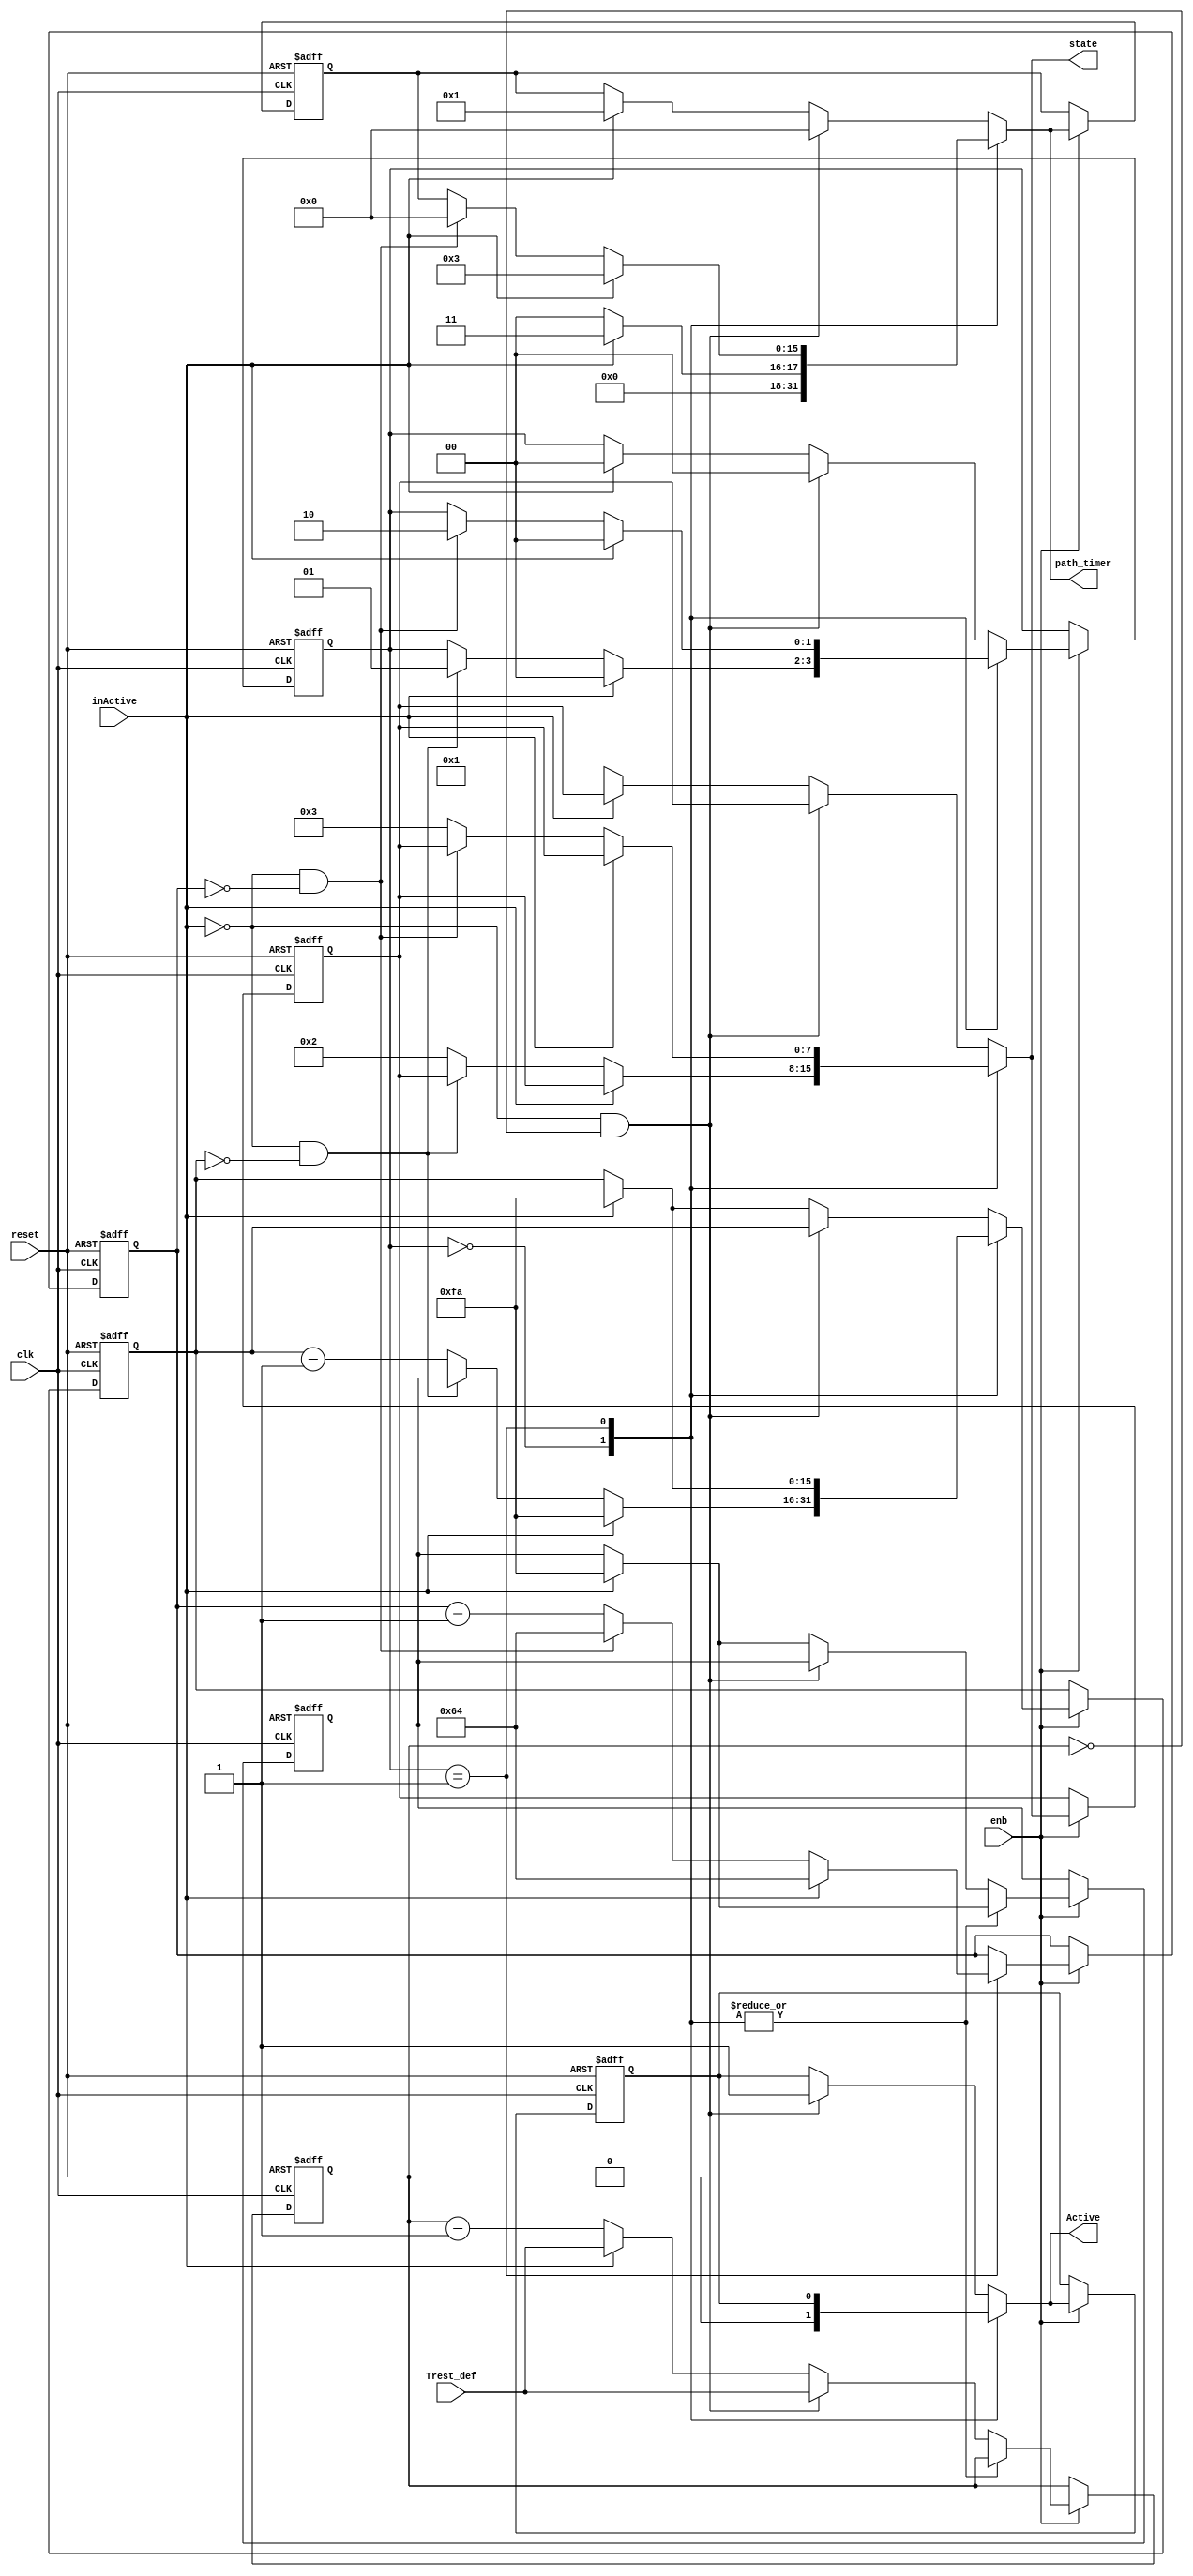
// -------------------------------------------------------------
// 
// 
// Generated by MATLAB 9.5 and HDL Coder 3.13
// 
// -------------------------------------------------------------


// -------------------------------------------------------------
// 
// Module: node_aut_block1
// Source Path: case2mod_new/NA3_RV/node_aut
// Hierarchy Level: 2
// 
// -------------------------------------------------------------

`timescale 1 ns / 1 ns

module node_aut_block1
          (clk,
           reset,
           enb,
           inActive,
           Trest_def,
           Active,
           state,
           path_timer);

  parameter [15:0] TRRP_def = 100;  // uint16
  parameter [15:0] TERP_defs = 250;  // uint16
  parameter [15:0] TERP_s = 250;  // uint16
  parameter [15:0] TRRP_s = 100;  // uint16
  parameter [15:0] Trest_s = 9999;  // uint16
  parameter [15:0] Terp_min = 250;  // uint16
  parameter [15:0] Terp_max = 250;  // uint16
  // Default encoded enumeration values for type is_NodeAutomaton2
  parameter is_NodeAutomaton2_IN_ERP = 2'd0, is_NodeAutomaton2_IN_RRP = 2'd1, is_NodeAutomaton2_IN_Rest = 2'd2;

  input   clk;
  input   reset;
  input   enb;
  input   inActive;
  input   [15:0] Trest_def;  // uint16
  output  Active;
  output  [7:0] state;  // uint8
  output  [15:0] path_timer;  // uint16


  reg [1:0] is_NodeAutomaton;  // uint8
  reg [15:0] TERP_cur;  // uint16
  reg [15:0] TRRP_cur;  // uint16
  reg [15:0] Trest_cur;  // uint16
  reg [15:0] TERP_def;  // uint16
  reg  Active_reg;
  reg [7:0] state_reg;  // uint8
  reg [15:0] path_timer_reg;  // uint16
  reg [1:0] is_NodeAutomaton_next;  // enum type is_NodeAutomaton2 (3 enums)
  reg [15:0] TERP_cur_next;  // uint16
  reg [15:0] TRRP_cur_next;  // uint16
  reg [15:0] Trest_cur_next;  // uint16
  reg [15:0] TERP_def_next;  // uint16
  reg  Active_reg_next;
  reg [7:0] state_reg_next;  // uint8
  reg [15:0] path_timer_reg_next;  // uint16


  always @(posedge clk or posedge reset)
    begin : SimpleModeling_c4_sppf4LupdbMSnBPpv0jGkfF_node_aut_process
      if (reset == 1'b1) begin
        state_reg <= 8'd0;
        Active_reg <= 1'b0;
        Trest_cur <= Trest_s;
        TERP_def <= TERP_defs;
        TERP_cur <= TERP_s;
        TRRP_cur <= TRRP_s;
        path_timer_reg <= 16'd0;
        is_NodeAutomaton <= is_NodeAutomaton2_IN_Rest;
      end
      else begin
        if (enb) begin
          is_NodeAutomaton <= is_NodeAutomaton_next;
          TERP_cur <= TERP_cur_next;
          TRRP_cur <= TRRP_cur_next;
          Trest_cur <= Trest_cur_next;
          TERP_def <= TERP_def_next;
          Active_reg <= Active_reg_next;
          state_reg <= state_reg_next;
          path_timer_reg <= path_timer_reg_next;
        end
      end
    end

  always @(Active_reg, TERP_cur, TERP_def, TRRP_cur, Trest_cur, Trest_def, inActive,
       is_NodeAutomaton, path_timer_reg, state_reg) begin
    TERP_def_next = TERP_def;
    Active_reg_next = Active_reg;
    state_reg_next = state_reg;
    path_timer_reg_next = path_timer_reg;
    is_NodeAutomaton_next = is_NodeAutomaton;
    TERP_cur_next = TERP_cur;
    TRRP_cur_next = TRRP_cur;
    Trest_cur_next = Trest_cur;
    case ( is_NodeAutomaton)
      is_NodeAutomaton2_IN_ERP :
        begin
          if (inActive) begin
            TERP_cur_next = Terp_min;
            TERP_def_next = Terp_min;
            path_timer_reg_next = 16'd3;
            Active_reg_next = 1'b0;
            is_NodeAutomaton_next = is_NodeAutomaton2_IN_ERP;
          end
          else if ( ! inActive && (TERP_cur == 16'b0000000000000000)) begin
            TERP_cur_next = TERP_def;
            path_timer_reg_next = 16'd0;
            Active_reg_next = 1'b0;
            is_NodeAutomaton_next = is_NodeAutomaton2_IN_RRP;
          end
          else begin
            TERP_cur_next = TERP_cur - 16'd1;
            path_timer_reg_next = 16'd0;
            Active_reg_next = 1'b0;
            state_reg_next = 8'd2;
          end
        end
      is_NodeAutomaton2_IN_RRP :
        begin
          if (inActive) begin
            TERP_def_next = Terp_min;
            path_timer_reg_next = 16'd3;
            TERP_cur_next = Terp_min;
            TRRP_cur_next = TRRP_def;
            is_NodeAutomaton_next = is_NodeAutomaton2_IN_ERP;
          end
          else if ( ! inActive && (TRRP_cur == 16'b0000000000000000)) begin
            TRRP_cur_next = TRRP_def;
            path_timer_reg_next = 16'd0;
            is_NodeAutomaton_next = is_NodeAutomaton2_IN_Rest;
          end
          else begin
            TRRP_cur_next = TRRP_cur - 16'd1;
            state_reg_next = 8'd3;
          end
        end
      default :
        begin
          if ( ! inActive && (Trest_cur == 16'b0000000000000000)) begin
            Trest_cur_next = Trest_def;
            Active_reg_next = 1'b1;
            path_timer_reg_next = 16'd0;
            is_NodeAutomaton_next = is_NodeAutomaton2_IN_ERP;
          end
          else if (inActive) begin
            Trest_cur_next = Trest_def;
            TERP_def_next = Terp_max;
            TERP_cur_next = Terp_max;
            path_timer_reg_next = 16'd1;
            is_NodeAutomaton_next = is_NodeAutomaton2_IN_ERP;
          end
          else begin
            Trest_cur_next = Trest_cur - 16'd1;
            state_reg_next = 8'd1;
          end
        end
    endcase
  end

  assign Active = Active_reg_next;
  assign state = state_reg_next;
  assign path_timer = path_timer_reg_next;



endmodule  // node_aut_block1